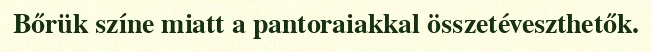
Bőrük színe miatt a pantoraiakkal összetéveszthetők.